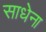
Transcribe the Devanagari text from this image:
साधेना